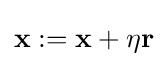
\mathbf {x} :=\mathbf {x} +\eta \mathbf {r}